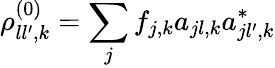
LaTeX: \rho_{ll^{\prime},k}^{(0)}=\sum_{j}f_{j,k}a_{jl,k}a_{jl^{\prime},k}^{*}